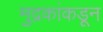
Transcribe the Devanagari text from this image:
मुद्रकांकडून